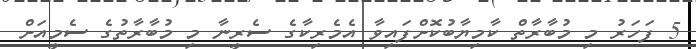
5 ފަހަރު މި މުބާރާތް ކާމިޔާބުކޮށްފައިވާ އެމެރިކާގެ ސެރީނާ މި މުބާރާތުގެ ސެމީއަށް